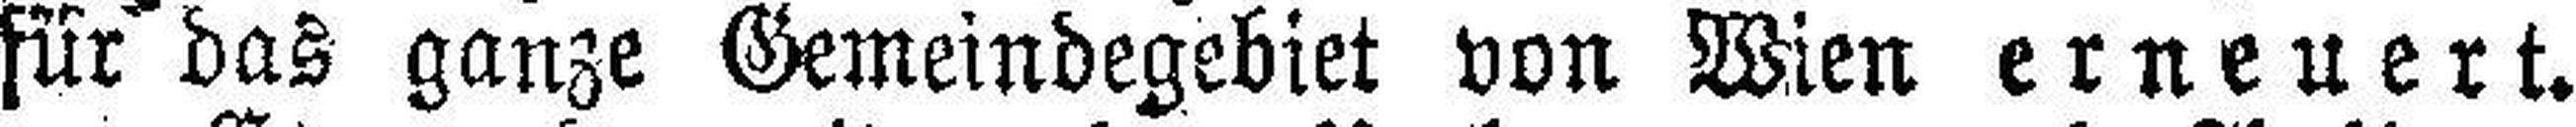
für das ganze Gemeindegebiet von Wien erneuert.